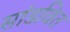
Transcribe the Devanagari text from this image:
सांडवित